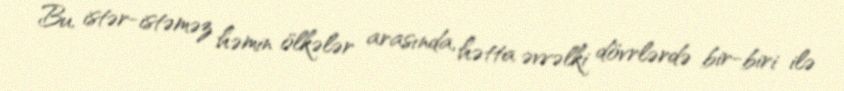
Bu, istər-istəməz həmin ölkələr arasında, hətta əvvəlki dövrlərdə bir-biri ilə